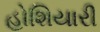
હોશિયારી